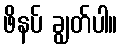
ဖိနပ် ချွတ်ပါ။